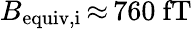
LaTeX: B_{\mathrm{equiv,i}}\, {\approx}\, 760~\mathrm{fT}